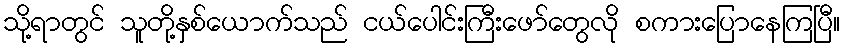
သို့ရာတွင် သူတို့နှစ်ယောက်သည် ငယ်ပေါင်းကြီးဖော်တွေလို စကားပြောနေကြပြီ။